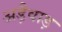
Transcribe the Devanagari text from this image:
अड़ैवाड़